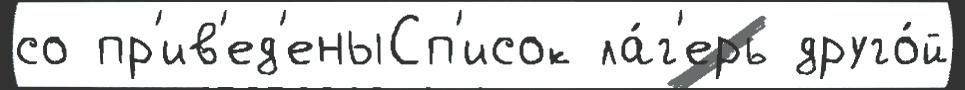
со пр'ив'ед'еныСп'исок ла́г'ерь друго́й